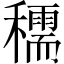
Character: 穤